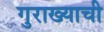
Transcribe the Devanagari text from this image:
गुराख्याची